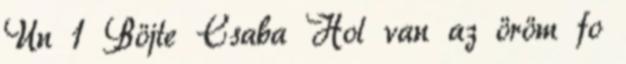
Un 1 Böjte Csaba Hol van az öröm fo